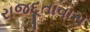
રાજદૂતાવાસ